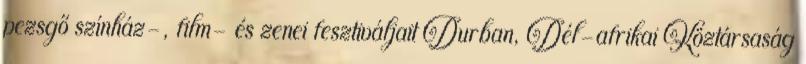
pezsgő színház-, film- és zenei fesztiváljait Durban, Dél-afrikai Köztársaság